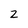
Character: 2